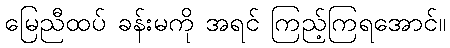
မြေညီထပ် ခန်းမကို အရင် ကြည့်ကြရအောင်။